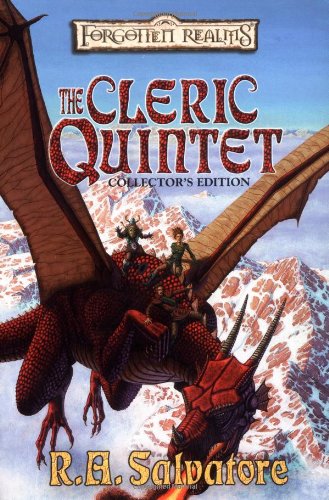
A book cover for The Cleric Quintet Collector's Edition [Forgotten Realms]; R.A. Salvatore; Science Fiction & Fantasy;